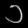
Digit: ၁